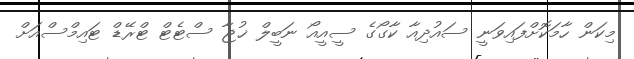
މިކަން ހާމަކޮށްފައިވަނީ ސައުދިއާ ކާގޯގެ ސީއީއޯ ނަބީލް ޚުޖާ ސްޓެޓް ޓްރޭޑް ޓައިމްސްއަށް